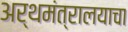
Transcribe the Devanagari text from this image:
अर्थमंत्रालयाचा